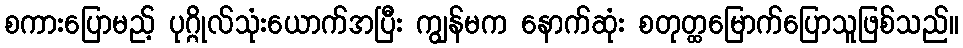
စကားပြောမည့် ပုဂ္ဂိုလ်သုံးယောက်အပြီး ကျွန်မက နောက်ဆုံး စတုတ္ထမြောက်ပြောသူဖြစ်သည်။